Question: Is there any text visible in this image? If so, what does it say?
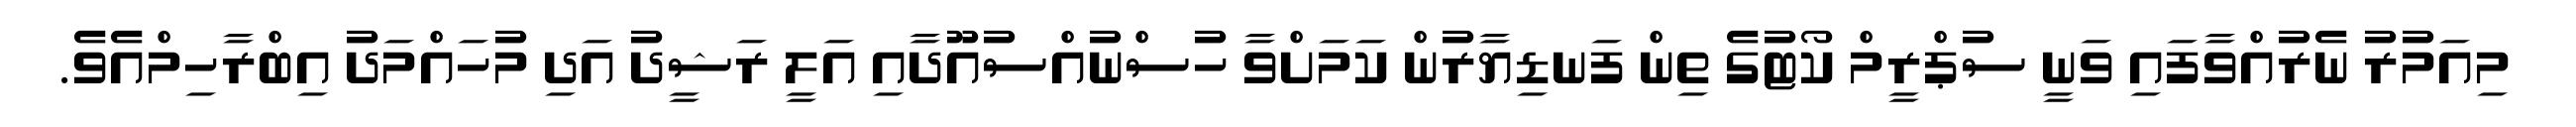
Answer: މިއަމުރު ނެރުއްވާފައި ވަނީ ސުޕްރީމް ކޯޓުގެ ތިން ފަނޑިޔާރުން ކަމަށްވާ ހުސްނުއްސުއޫދާއި އަލީ ރަޝީދު އަދި މުހައްމަދު އިބްރާހިމްއެވެ.